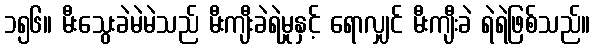
၁၅၆။ မီးသွေးခဲမဲမဲသည် မီးကျီးခဲရဲမှုနှင့် ရောလျှင် မီးကျီးခဲ ရဲရဲဖြစ်သည်။